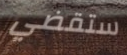
ستقضي